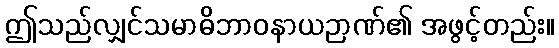
ဤသည်လျှင်သမာဓိဘာဝနာယဉာဏ်၏ အဖွင့်တည်း။